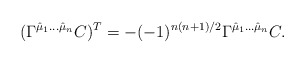
\begin{align*}(\Gamma^{\hat\mu_1\dots\hat\mu_n}C)^{T}=-(-1)^{n(n+1)/2}\Gamma^{\hat\mu_1\dots\hat\mu_n}C.\end{align*}